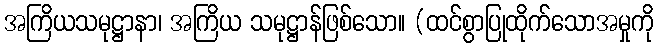
အကြိယသမုဋ္ဌာနာ၊ အကြိယ သမုဋ္ဌာန်ဖြစ်သော။ (ထင်စွာပြုထိုက်သောအမှုကို